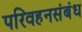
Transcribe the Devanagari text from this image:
परिवहनसंबंध